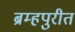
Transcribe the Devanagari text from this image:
ब्रम्हपुरीत